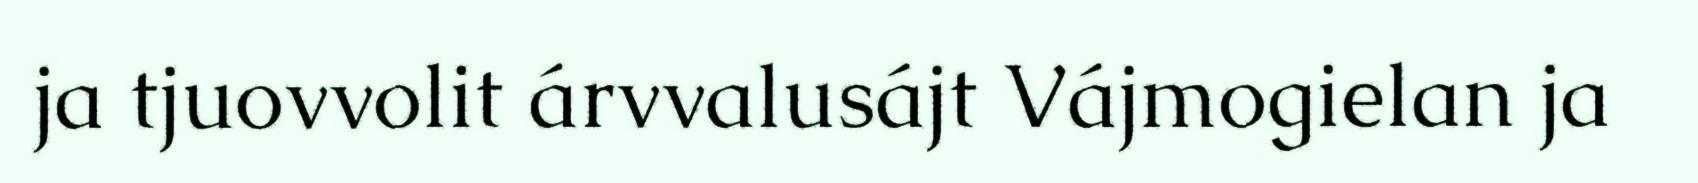
ja tjuovvolit árvvalusájt Vájmogielan ja